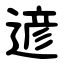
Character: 遃